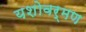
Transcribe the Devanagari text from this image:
यशोवर्मण